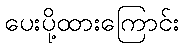
ပေးပို့ထားကြောင်း